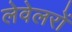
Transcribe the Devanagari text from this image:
लेवेलरों